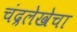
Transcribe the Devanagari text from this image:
चंद्रलेखेचा